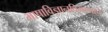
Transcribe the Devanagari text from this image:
भाषाविज्ञानविभागाचे